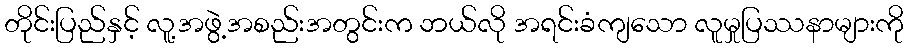
တိုင်းပြည်နှင့် လူ့အဖွဲ့အစည်းအတွင်းက ဘယ်လို အရင်းခံကျသော လူမှုပြဿနာများကို